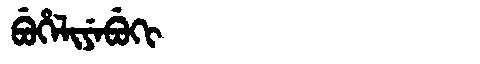
Manchu: ᠪᡠᡥᡝᠯᡳᠶᡝᠪᡠᡴᡳ
Romanization: BUHELIYEBUKI